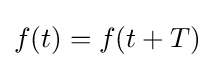
f(t)=f(t+T)